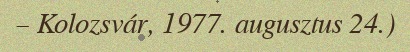
– Kolozsvár, 1977. augusztus 24.)